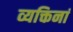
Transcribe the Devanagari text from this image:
व्यक्तिनां